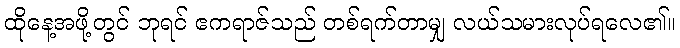
ထိုနေ့အဖို့တွင် ဘုရင် ဧကရာဇ်သည် တစ်ရက်တာမျှ လယ်သမားလုပ်ရလေ၏။